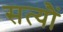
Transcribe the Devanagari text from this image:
सत्यौं